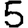
Digit: 5